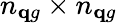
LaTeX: n_{\mathbf qg}\times n_{\mathbf qg}